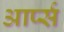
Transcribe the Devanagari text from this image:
आर्प्स